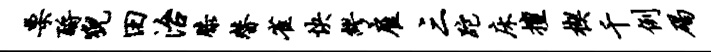
栗酹猊田治膝替雀快缪雇三跎床擅楔千例碣